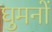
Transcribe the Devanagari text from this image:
घुमनों